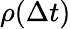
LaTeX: \rho(\Delta t)